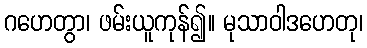
ဂဟေတွာ၊ ဖမ်းယူကုန်၍။ မုသာဝါဒဟေတု၊